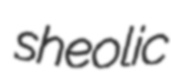
sheolic